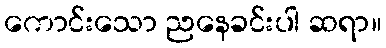
ကောင်းသော ညနေခင်းပါ ဆရာ။